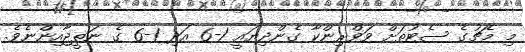
މި މެޗުގެ ސެޓުތަށް ވަވްރިންކާ ގެންދިޔައީ 1-6 އަދި 1-6 ގެ ނަތީޖާއިންނެވެ.